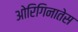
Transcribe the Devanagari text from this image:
ओरिगिनातेस